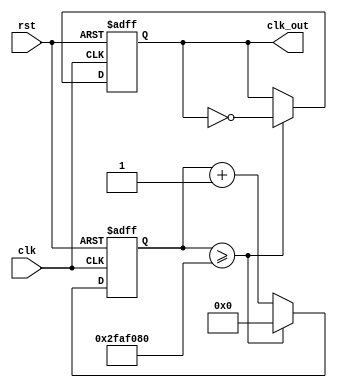
`timescale 1ns / 1ps
//////////////////////////////////////////////////////////////////////////////////
// Company: 
// Engineer: 
// 
// Design Name: 
// Module Name: frequency_divider_exact_1hz
// Project Name: 
// Target Devices: 
// Tool Versions: 
// Description: 
// 
// Dependencies: 
// 
// Revision:
// Revision 0.01 - File Created
// Additional Comments:
// 
//////////////////////////////////////////////////////////////////////////////////


module frequency_divider_exact_1hz(clk, rst, clk_out);
    // a counter-for-50M requires  26 bit
    input clk, rst;  //low active reset
    output clk_out;
    
    reg [25:0] q_temp;
    reg [25:0] q;
    reg clk_out;
    
    always @* begin
        q_temp <= q + 1'b1;
    end
    
    always @(posedge clk or negedge rst) begin
        if(~rst) begin
            q <= 26'd0;
            clk_out = 1'b0;
        end
        else if(q >= 26'd 50000000) begin
            clk_out = ~clk_out;
            q = 26'd0;
        end
        else begin
            q <= q_temp;
        end
        
    end
endmodule